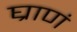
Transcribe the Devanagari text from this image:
घ्राणं